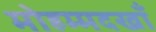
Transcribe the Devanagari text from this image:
मोहम्मदखाँ